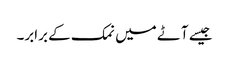
جیسے آٹے میں نمک کے برابر۔